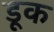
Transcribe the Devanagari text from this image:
डूक